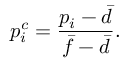
p _ { i } ^ { c } = \frac { p _ { i } - \bar { d } } { \bar { f } - \bar { d } } .